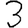
Digit: 3